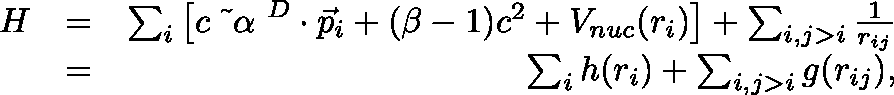
\begin{array} { r l r } { H } & { = } & { \sum _ { i } \left[ c \mathrm { \boldmath ~ { \vec { ~ } \alpha } ~ } ^ { D } \cdot { \vec { p } } _ { i } + ( \beta - 1 ) c ^ { 2 } + V _ { n u c } ( r _ { i } ) \right] + \sum _ { i , j > i } \frac { 1 } { r _ { i j } } } \\ & { = } & { \sum _ { i } h ( r _ { i } ) + \sum _ { i , j > i } g ( r _ { i j } ) , } \end{array}